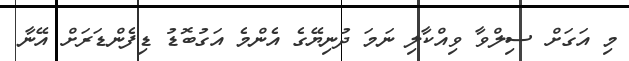
މި އަގަށް ސިލްވާ ވިއްކާލި ނަމަ ދުނިޔޭގެ އެންމެ އަގުބޮޑު ޑިފެންޑަރަށް އޭނާ